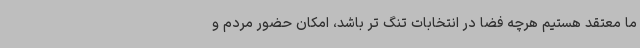
ما معتقد هستیم هرچه فضا در انتخابات تنگ تر باشد، امکان حضور مردم و